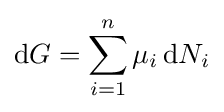
\mathrm {d} G=\sum _{i=1}^{n}\mu _{i}\,\mathrm {d} N_{i}